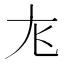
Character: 𫵎